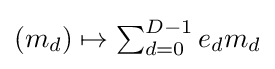
{\textstyle (m_{d})\mapsto \sum _{d=0}^{D-1}e_{d}m_{d}}